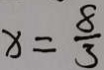
x = \frac { 8 } { 3 }